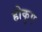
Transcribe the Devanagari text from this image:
होकुए